Lunatic asylums Bombay report 1878-1890 - 1878-1890
Year: 1878
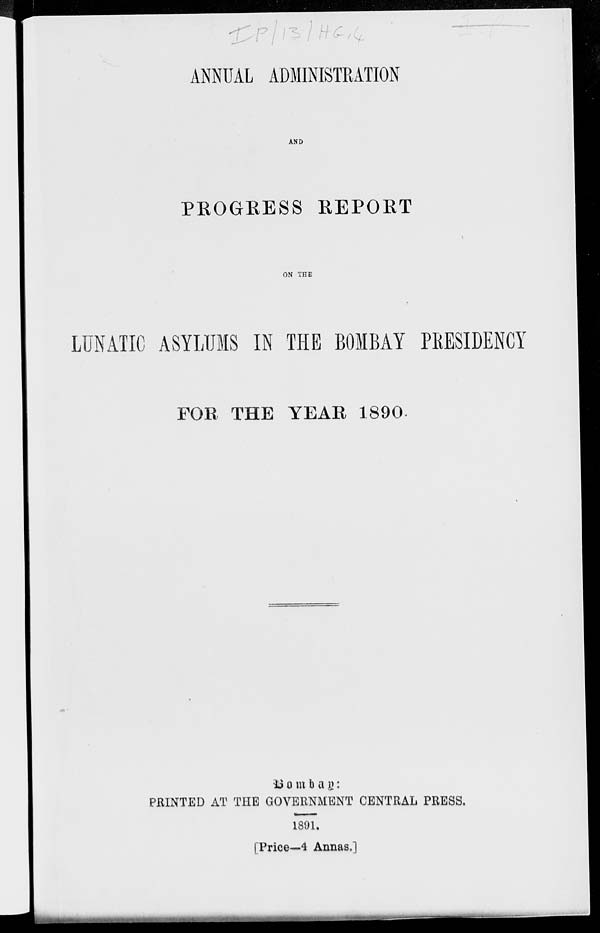
ANNUAL ADMINISTRATION
AND
PROGRESS REPORT
ON THE
LUNATIC ASYLUMS IN THE BOMBAY PRESIDENCY
FOR THE YEAR 1890.
Bombay:
PRINTED AT THE GOVERNMENT CENTRAL PRESS.
1891.
[Price—4 Annas.]